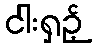
ငါးရှဉ့်